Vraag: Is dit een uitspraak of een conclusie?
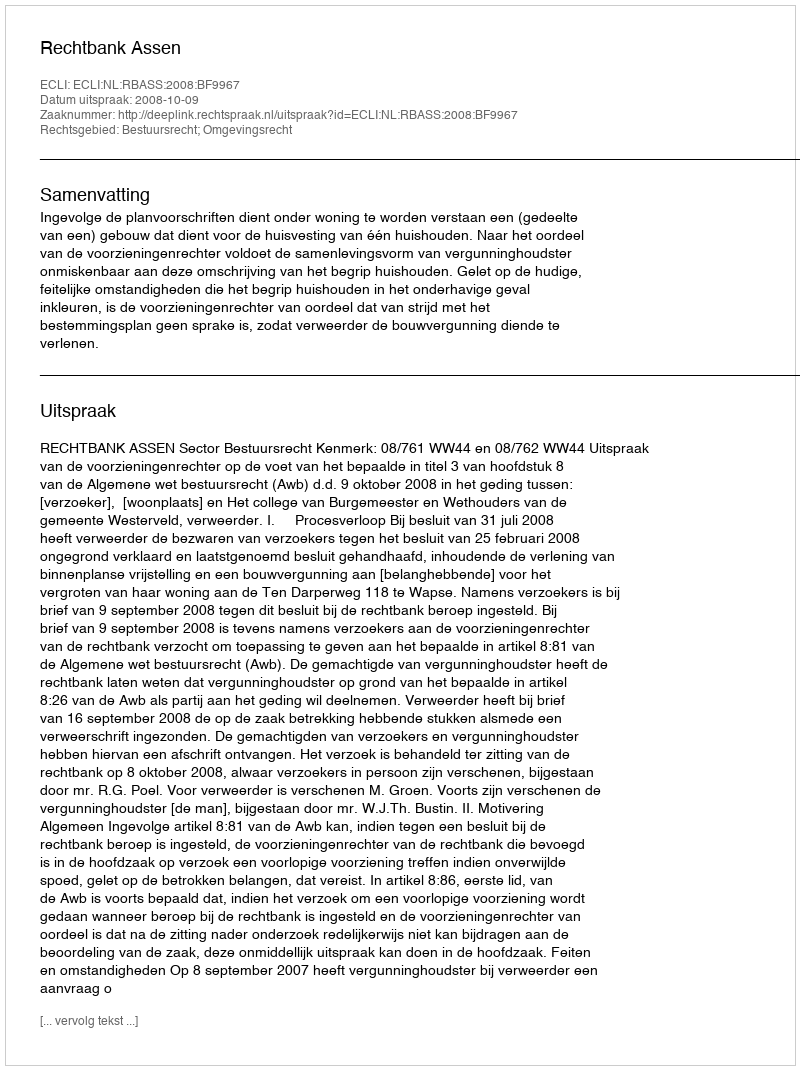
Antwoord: Uitspraak